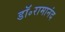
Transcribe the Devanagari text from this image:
डॉ॰रामानंद